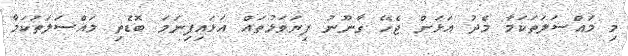
މި މައްސަލަތަކަމާ މެދު އަޅަން ޖެހޭ ގާނޫނު ފިޔަވަޅުތައް އަޅައިފިނަމަ ބޮޑެތި މައްސަލަތަކަމާ